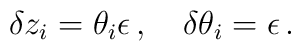
\delta z_i = \theta_i\epsilon\,, \quad \delta \theta_i = \epsilon\,.